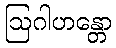
ဩဂါဟန္တော